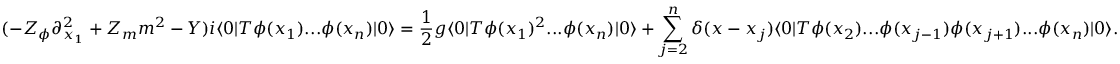
( - Z _ { \phi } \partial _ { x _ { 1 } } ^ { 2 } + Z _ { m } m ^ { 2 } - Y ) i \langle 0 | T \phi ( x _ { 1 } ) . . . \phi ( x _ { n } ) | 0 \rangle = \frac { 1 } { 2 } g \langle 0 | T \phi ( x _ { 1 } ) ^ { 2 } . . . \phi ( x _ { n } ) | 0 \rangle + \sum _ { j = 2 } ^ { n } \delta ( x - x _ { j } ) \langle 0 | T \phi ( x _ { 2 } ) . . . \phi ( x _ { j - 1 } ) \phi ( x _ { j + 1 } ) . . . \phi ( x _ { n } ) | 0 \rangle .